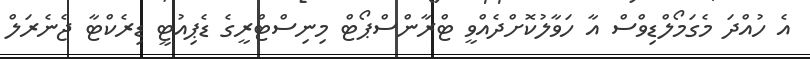
އެ ހުއްދަ މެގަމޯލްޑިވްސް އާ ހަވާލުކޮށްދެއްވީ ޓްރާންސްޕޯޓް މިނިސްޓްރީގެ ޑެޕިއުޓީ ޑިރެކްޓާ ޖެނެރަލް